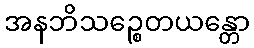
အနဘိသဉ္စေတယန္တော